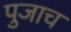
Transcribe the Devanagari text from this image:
पुजाच